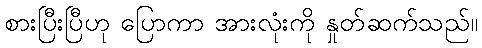
စားပြီးပြီဟု ပြောကာ အားလုံးကို နှုတ်ဆက်သည်။